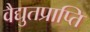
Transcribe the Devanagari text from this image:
वैद्युतप्राप्ति